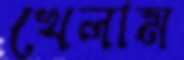
খেলাম